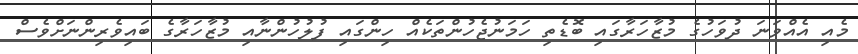
މެއި އެއްވަނަ ދުވަހުގެ މުޒާހަރާގައި ބޮޑެތި ހަމަނުޖެހުންތަަކެއް ހިންގައި ފުލުހުންނާއި މުޒާހަރާގެ ބައިވެރިންނަށްވެސް